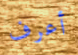
أعرف